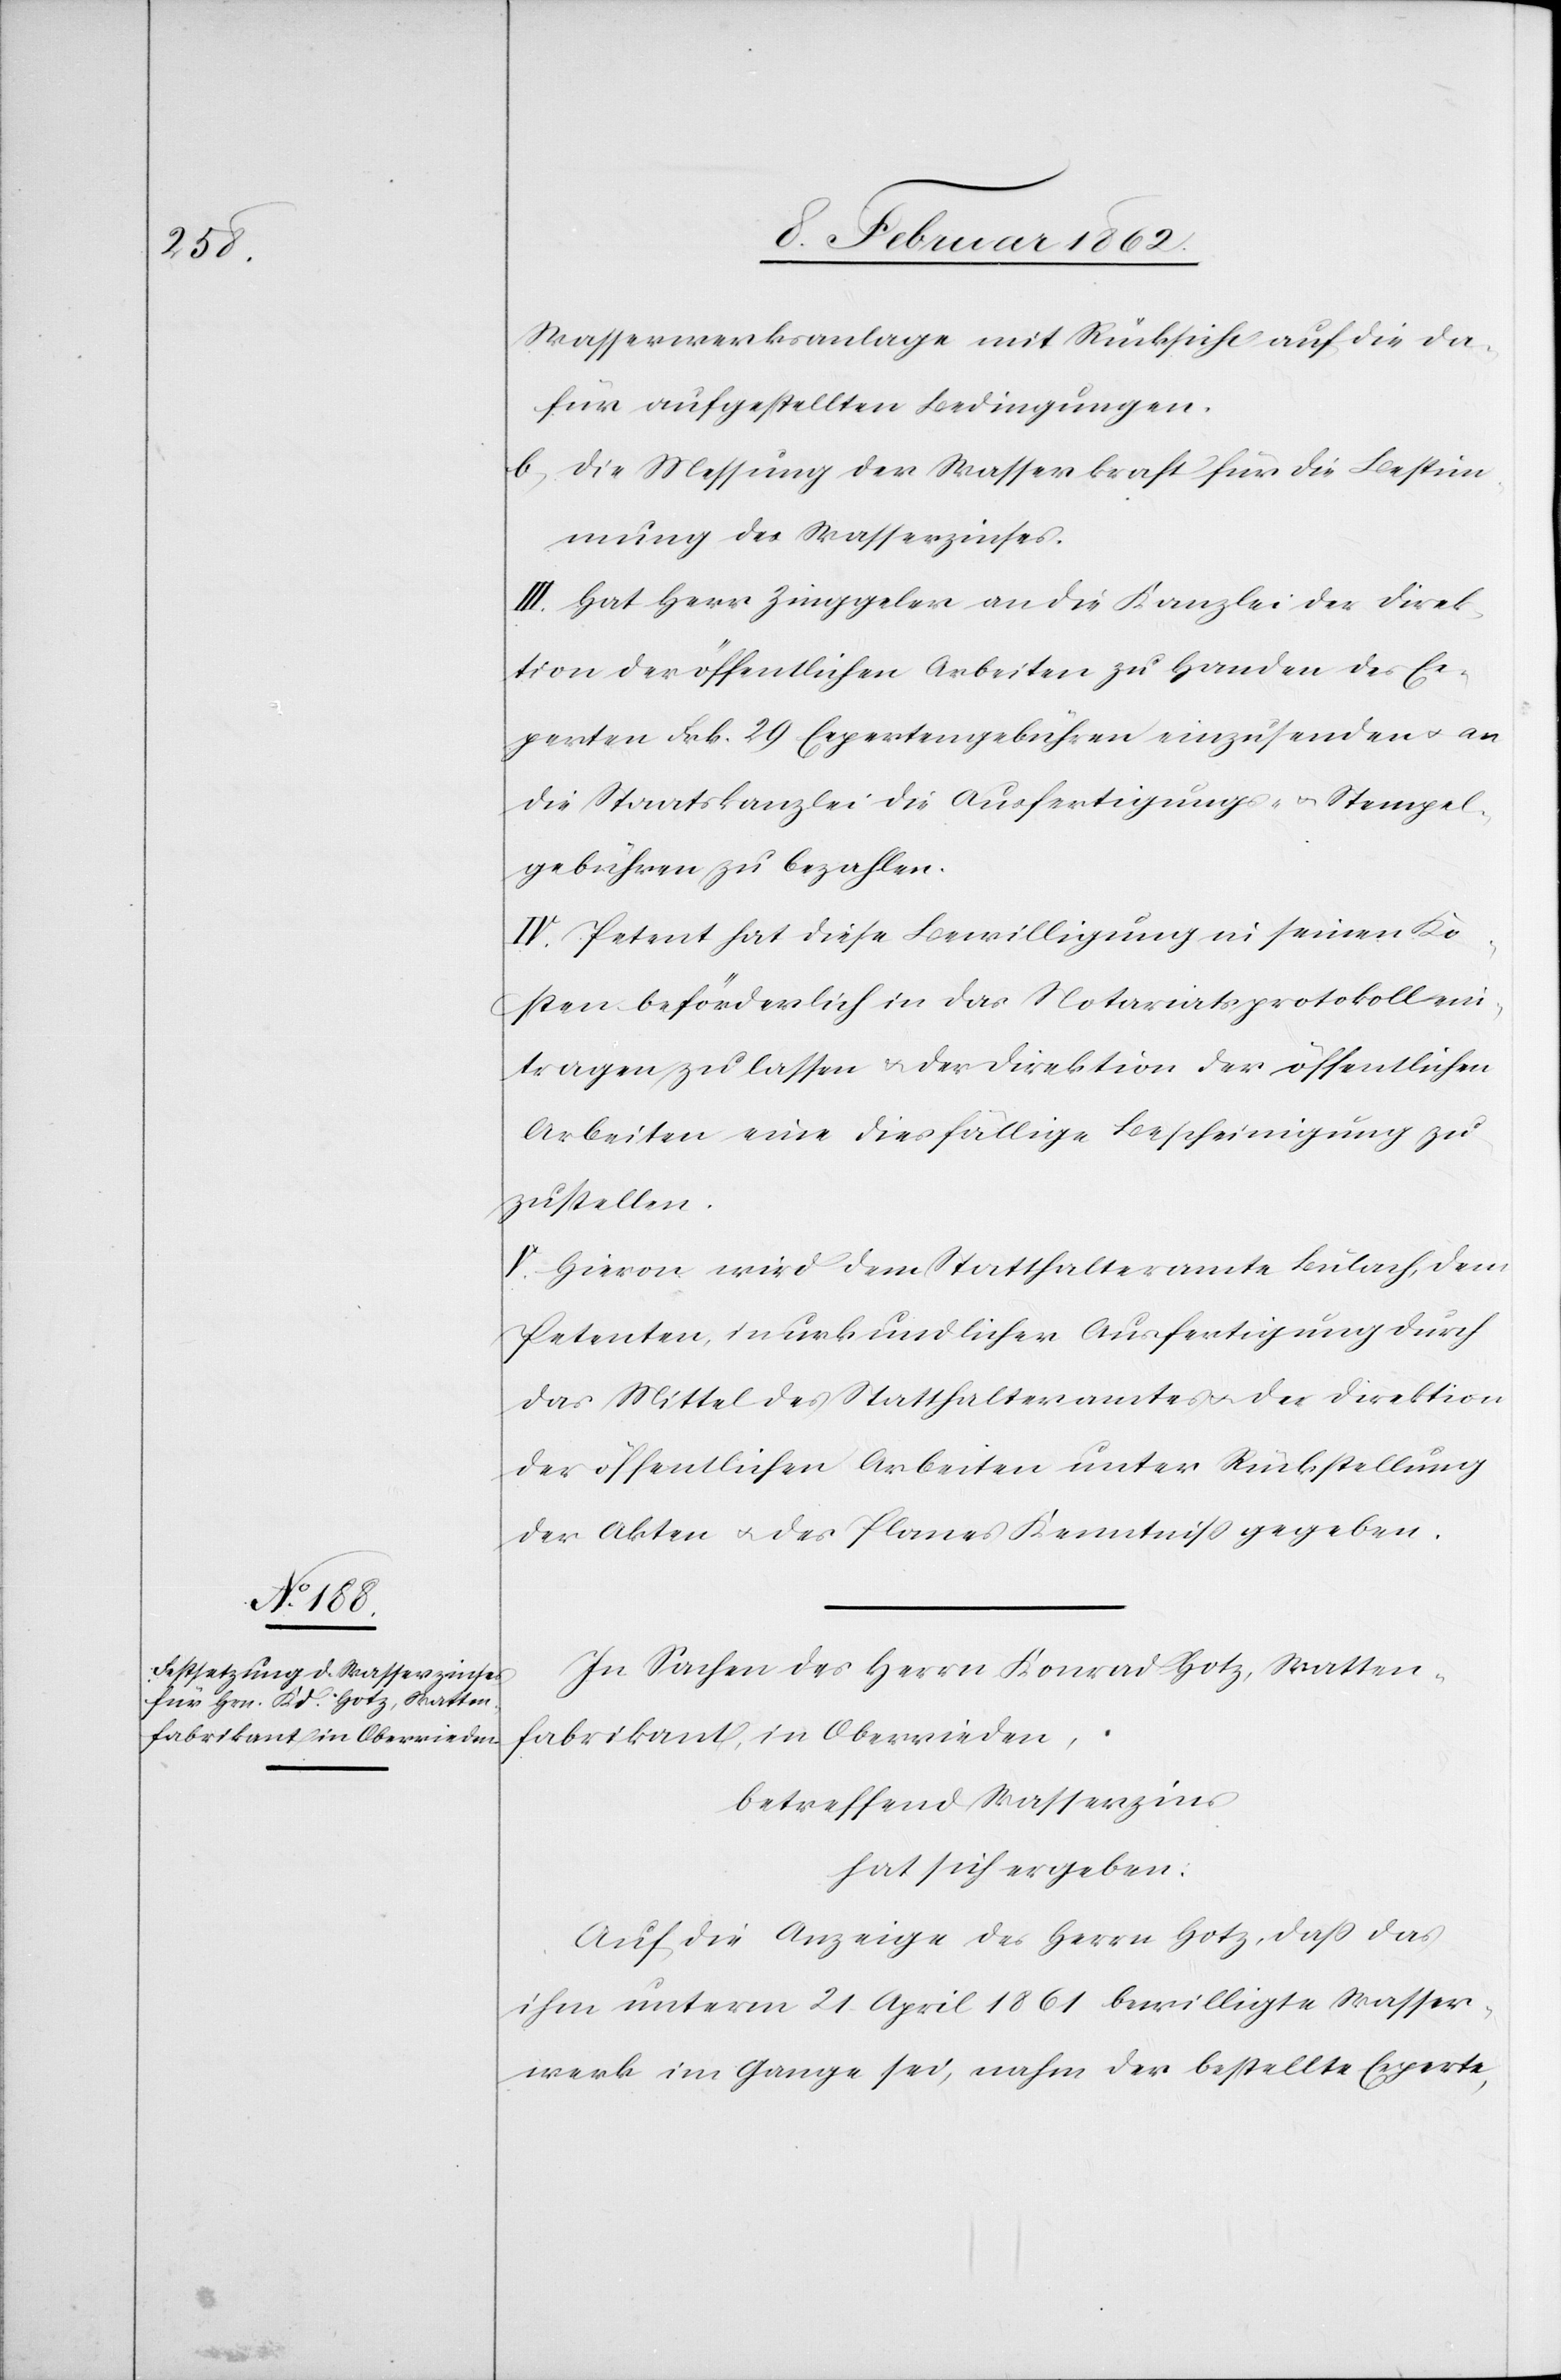
Wasserwerksanlage mit Rücksicht auf die da¬
für aufgestellten Bedingungen.
b) die Messung der Wasserkraft für die Bestim¬
mung des Wasserzinses.
III. Hat Herr Zinggeler an die Kanzlei der Direk¬
tion der öffentlichen Arbeiten zu Handen des Ex¬
perten Frk. 29 Expertengebühren einzusenden u. an
die Staatskanzlei die Ausfertigungs- u. Stempel¬
gebühren zu bezahlen.
IV. Petent hat diese Bewilligung in seinen Ko¬
sten beförderlich in das Notariatsprotokoll ein¬
tragen zu lassen & der Direktion der öffentlichen
Arbeiten eine diesfällige Bescheinigung zu¬
zustellen.
V. Hievon wird dem Statthalteramte Bülach, dem
Petenten, in urkundlicher Ausfertigung durch
das Mittel des Statthalteramtes u. der Direktion
der öffentlichen Arbeiten unter Rückstellung
der Akten u. des Planes Kenntniß gegeben.
In Sachen des Herrn Konrad Hotz, Watten¬
fabrikant, in Oberrieden,
betreffend Wasserzins
hat sich ergeben:
Auf die Anzeige des Herrn Hotz, daß das
ihm unterm 21 April 1861 bewilligte Wasser¬
werk im Gange sei, nahm der bestellte Experte,